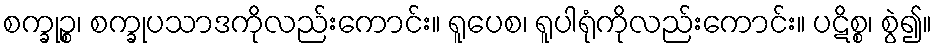
စက္ခုဉ္စ၊ စက္ခုပသာဒကိုလည်းကောင်း။ ရူပေစ၊ ရူပါရုံကိုလည်းကောင်း။ ပဋိစ္စ၊ စွဲ၍။